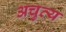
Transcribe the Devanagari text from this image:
अचुत्य